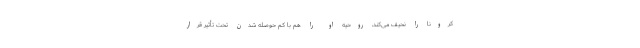
کرونا را نحیف می‌کند، روحیه او را هم با کم حوصله شدن تحت تأثیر قرار